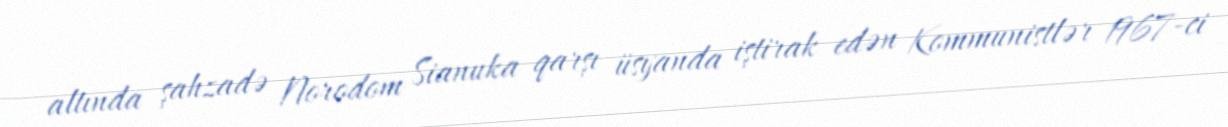
altında şahzadə Norodom Sianuka qarşı üsyanda iştirak edən Kommunistlər 1967-ci